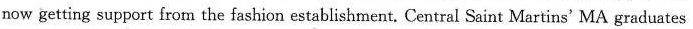
now getting support from the fashion establishment. Central Saint Martins' MA graduates